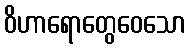
ဝိဟာရောတွေဝေသော